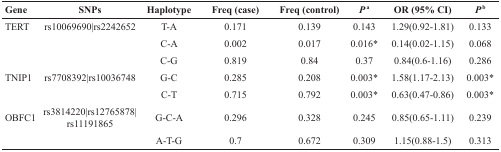
<table><thead><tr><td><b>Gene</b></td><td><b>SNPs</b></td><td><b>Haplotype</b></td><td><b>Freq (case)</b></td><td><b>Freq (control)</b></td><td><b><i>P</i><sup>a</sup></b></td><td><b>OR (95% CI)</b></td><td><b><i>P</i><sup>b</sup></b></td></tr></thead><tbody><tr><td>TERT</td><td>rs10069690|rs2242652</td><td>T-A</td><td>0.171</td><td>0.139</td><td>0.143</td><td>1.29(0.92-1.81)</td><td>0.133</td></tr><tr><td></td><td></td><td>C-A</td><td>0.002</td><td>0.017</td><td>0.016*</td><td>0.14(0.02-1.15)</td><td>0.068</td></tr><tr><td></td><td></td><td>C-G</td><td>0.819</td><td>0.84</td><td>0.37</td><td>0.84(0.6-1.16)</td><td>0.286</td></tr><tr><td>TNIP1</td><td>rs7708392|rs10036748</td><td>G-C</td><td>0.285</td><td>0.208</td><td>0.003*</td><td>1.58(1.17-2.13)</td><td>0.003*</td></tr><tr><td></td><td></td><td>C-T</td><td>0.715</td><td>0.792</td><td>0.003*</td><td>0.63(0.47-0.86)</td><td>0.003*</td></tr><tr><td>OBFC1</td><td>rs3814220|rs12765878|rs11191865</td><td>G-C-A</td><td>0.296</td><td>0.328</td><td>0.245</td><td>0.85(0.65-1.11)</td><td>0.239</td></tr><tr><td></td><td></td><td>A-T-G</td><td>0.7</td><td>0.672</td><td>0.309</td><td>1.15(0.88-1.5)</td><td>0.313</td></tr></tbody></table>